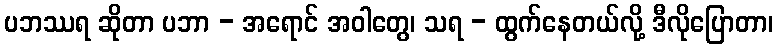
ပဘဿရ ဆိုတာ ပဘာ - အရောင် အဝါတွေ၊ သရ - ထွက်နေတယ်လို့ ဒီလိုပြောတာ၊